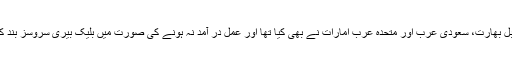
ایسا ہی مطالبہ چند برس قبل بھارت، سعودی عرب اور متحدہ عرب امارات نے بھی کیا تھا اور عمل در آمد نہ ہونے کی صورت میں بلیک بیری سروسز بند کرنے کی دھمکی دی تھی۔